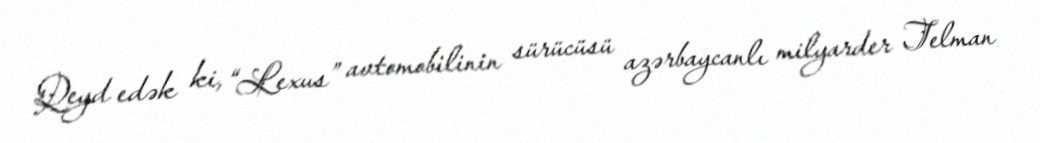
Qeyd edək ki, “Lexus” avtomobilinin sürücüsü azərbaycanlı milyarder Telman